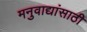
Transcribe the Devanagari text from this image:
मनुवाद्यांसाठी